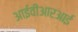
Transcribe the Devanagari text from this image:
आईवीआरआई